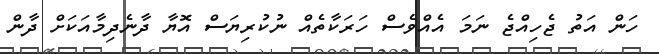
ހަން އަތު ޖެހިއްޖެ ނަމަ އެއްވެސް ހަރަކާތެއް ނުކުރިޔަސް އޮޔާ ދާނެދިމާއަކަށް ދާން